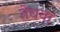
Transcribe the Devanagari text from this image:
तेधवा